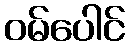
ဝမ်ပေါင်